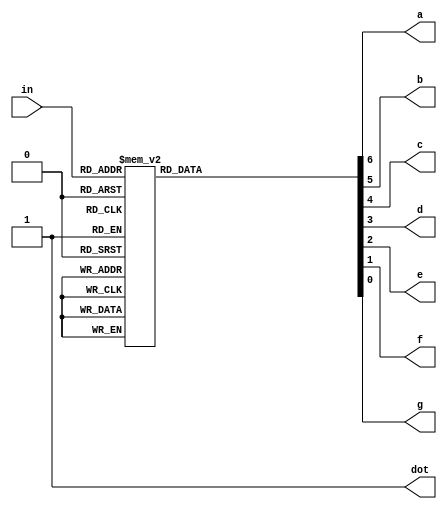


module hex_7seg_decoder(
    input  [3:0]in,
    output reg a,
	output reg b,
    output reg c,
    output reg d,
    output reg e,
    output reg f,
    output reg g,
    output dot
    );
	
	// Use concatenation to pass values to all
	// outputs in the same time
	always @(*) begin
		case (in)
		4'd0 : {a,b,c,d,e,f,g} = 7'b1111110;
		4'd1 : {a,b,c,d,e,f,g} = 7'b0110000;
		4'd2 : {a,b,c,d,e,f,g} = 7'b1101101; 
		4'd3 : {a,b,c,d,e,f,g} = 7'b1111001;
		4'd4 : {a,b,c,d,e,f,g} = 7'b0110011;
		4'd5 : {a,b,c,d,e,f,g} = 7'b1011011;  
		4'd6 : {a,b,c,d,e,f,g} = 7'b1011111;
		4'd7 : {a,b,c,d,e,f,g} = 7'b1110000;
		4'd8 : {a,b,c,d,e,f,g} = 7'b1111111;
		4'd9 : {a,b,c,d,e,f,g} = 7'b1111011;
		4'd10: {a,b,c,d,e,f,g} = 7'b1110111; 
		4'd11: {a,b,c,d,e,f,g} = 7'b0011111;
		4'd12: {a,b,c,d,e,f,g} = 7'b1001110;
		4'd13: {a,b,c,d,e,f,g} = 7'b0111101;
		4'd14: {a,b,c,d,e,f,g} = 7'b1001111;
		4'd15: {a,b,c,d,e,f,g} = 7'b1000111;
	    endcase
    end
	
    // If you want the dot open assign 1 to it
	// ptherwise 0
    assign dot = 1'b1;

endmodule


`timescale 1us/1ns

module tb_hex_7seg_decoder();
	
	// Testbench variables
    reg  [3:0]in;
    wire a, b, c, d, e, f, g;
    wire dot;
    integer i; 
	
    // Instantiate the DUT 
	hex_7seg_decoder DEC_7SEG(
		.in(in),
		.a(a),
		.b(b),
		.c(c),
		.d(d),
		.e(e),
		.f(f),
		.g(g),
		.dot(dot)
		);
  
    // Create stimulus
    initial begin
        $monitor($time, " in = %d, seven_seg_code = %7b dot = %1b", 
                 in, {a, b, c, d, e, f, g}, dot);
        #1; in = 0;
        for (i = 0; i<16; i=i+1) begin
            #1; in = i;
        end
    end
  
endmodule